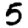
Digit: 5